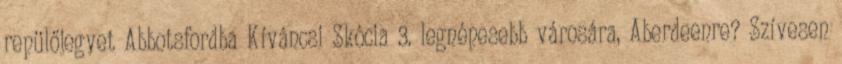
repülőjegyet Abbotsfordba Kíváncsi Skócia 3. legnépesebb városára, Aberdeenre? Szívesen